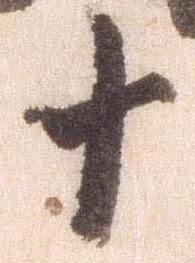
十